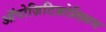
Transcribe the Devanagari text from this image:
ऑपोज़िटिफ़ोलियम